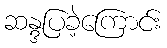
ဆန္ဒပြခဲ့ကြောင်း